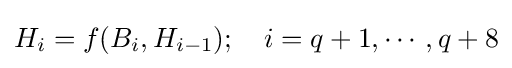
H_{i}=f(B_{i},H_{i-1});\quad i=q+1,\cdots ,q+8